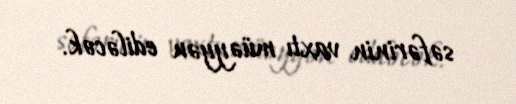
səfərinin vaxtı müəyyən ediləcək.